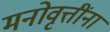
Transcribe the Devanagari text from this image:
मनोवृत्तींना